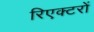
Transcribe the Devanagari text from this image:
रिएक्‍टरों